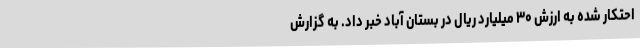
احتکار شده به ارزش ۳۰ میلیارد ریال در بستان آباد خبر داد. به گزارش